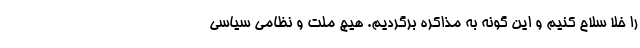
را خلا سلاح کنیم و این گونه به مذاکره برگردیم. هیچ ملت و نظامی سیاسی